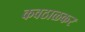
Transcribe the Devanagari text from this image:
कवठाळकर